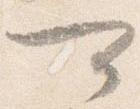
可